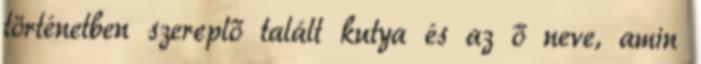
történetben szereplő talált kutya és az ő neve, amin